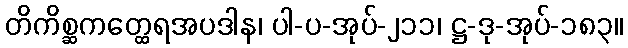
တိကိစ္ဆကတ္ထေရအပဒါန၊ ပါ-ပ-အုပ်-၂၁၁၊ ဋ္ဌ-ဒု-အုပ်-၁၈၃။